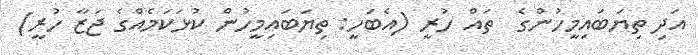
އަދި ތިޔަބައިމީހުންގެ  ތައް ހުރީ (އެބަހީ: ތިޔަބައިމީހުން ކުޅަކަމެއްގެ ޖަޒާ ހުރީ)